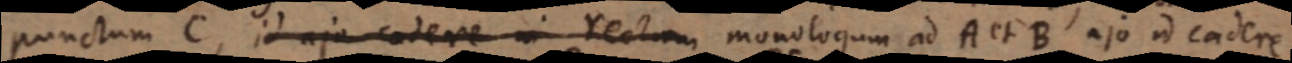
punctum C, id ajo cadere in rectam monologum ad A et B ajo id cadere